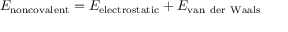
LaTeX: \ E _ { \mathrm { n o n c o v a l e n t } } = E _ { \mathrm { e l e c t r o s t a t i c } } + E _ { \mathrm { v a n ~ d e r ~ W a a l s } }